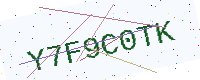
Text: Y7F9C0TK